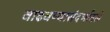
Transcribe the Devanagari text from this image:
वाढवण्यासंदर्भातले